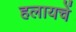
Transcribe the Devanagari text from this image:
हलायचें